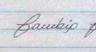
Signature authenticity: genuine